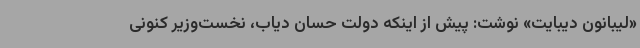
«لیبانون دیبایت» نوشت: پیش از اینکه دولت حسان دیاب، نخست‌وزیر کنونی